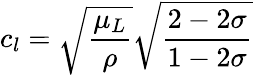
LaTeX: c_{l}=\sqrt{\frac{\mu_{L}}{\rho}}\sqrt{\frac{2-2\sigma}{1-2\sigma}}